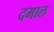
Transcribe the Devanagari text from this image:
दमाल